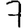
Digit: 7